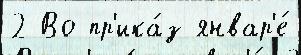
2 Во пр'ика́з январ'е́